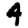
Digit: 4